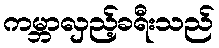
ကမ္ဘာလှည့်ခရီးသည်